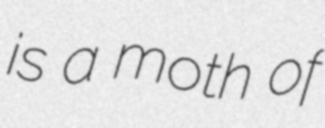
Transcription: is a moth of